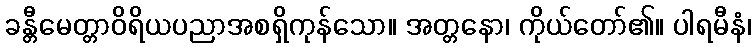
ခန္တီမေတ္တာဝိရိယပညာအစရှိကုန်သော။ အတ္တနော၊ ကိုယ်တော်၏။ ပါရမီနံ၊